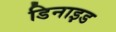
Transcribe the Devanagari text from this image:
डिनाइ़ड